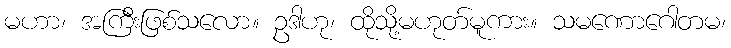
မဟာ၊ အကြီးဖြစ်သလော။ ဥဒါဟု၊ ထိုသို့မဟုတ်မူကား။ သမဏောဂေါတမ၊